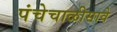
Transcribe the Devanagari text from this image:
पंचेचाळीसावे